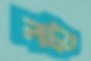
লট্‌ক